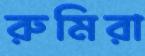
রুমিরা